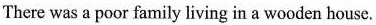
There was a poor farnily living in a wooden house.